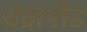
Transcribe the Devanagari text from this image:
चंद्रापीड